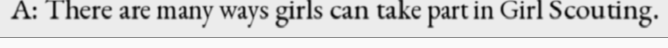
A: There are many ways girls can take part in Girl Scouting.